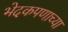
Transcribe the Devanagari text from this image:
भेदकपणाच्या